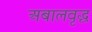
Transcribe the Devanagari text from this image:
अबालवृद्ध